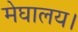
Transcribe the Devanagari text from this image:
मेघालय।